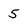
Character: 5